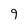
Character: 9